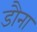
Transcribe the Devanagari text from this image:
डौना